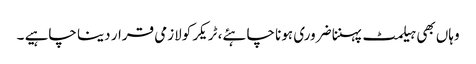
وہاں بھی ہیلمٹ پہننا ضروری ہونا چاہئے، ٹریکر کولازمی قرار دینا چاہیے ۔